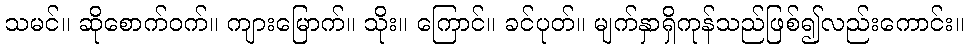
သမင်။ ဆိုစောက်ဝက်။ ကျားမြောက်။ သိုး။ ကြောင်။ ခင်ပုတ်။ မျက်နှာရှိကုန်သည်ဖြစ်၍လည်းကောင်း။